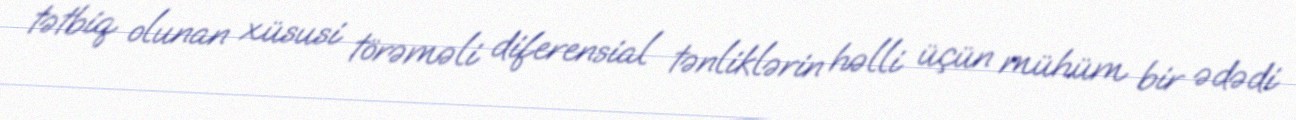
tətbiq olunan xüsusi törəməli diferensial tənliklərin həlli üçün mühüm bir ədədi